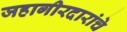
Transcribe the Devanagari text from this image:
जहागीरदारांचे